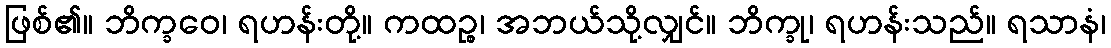
ဖြစ်၏။ ဘိက္ခဝေ၊ ရဟန်းတို့။ ကထဉ္စ၊ အဘယ်သို့လျှင်။ ဘိက္ခု၊ ရဟန်းသည်။ ရသာနံ၊